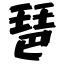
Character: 琶